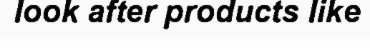
look after products like